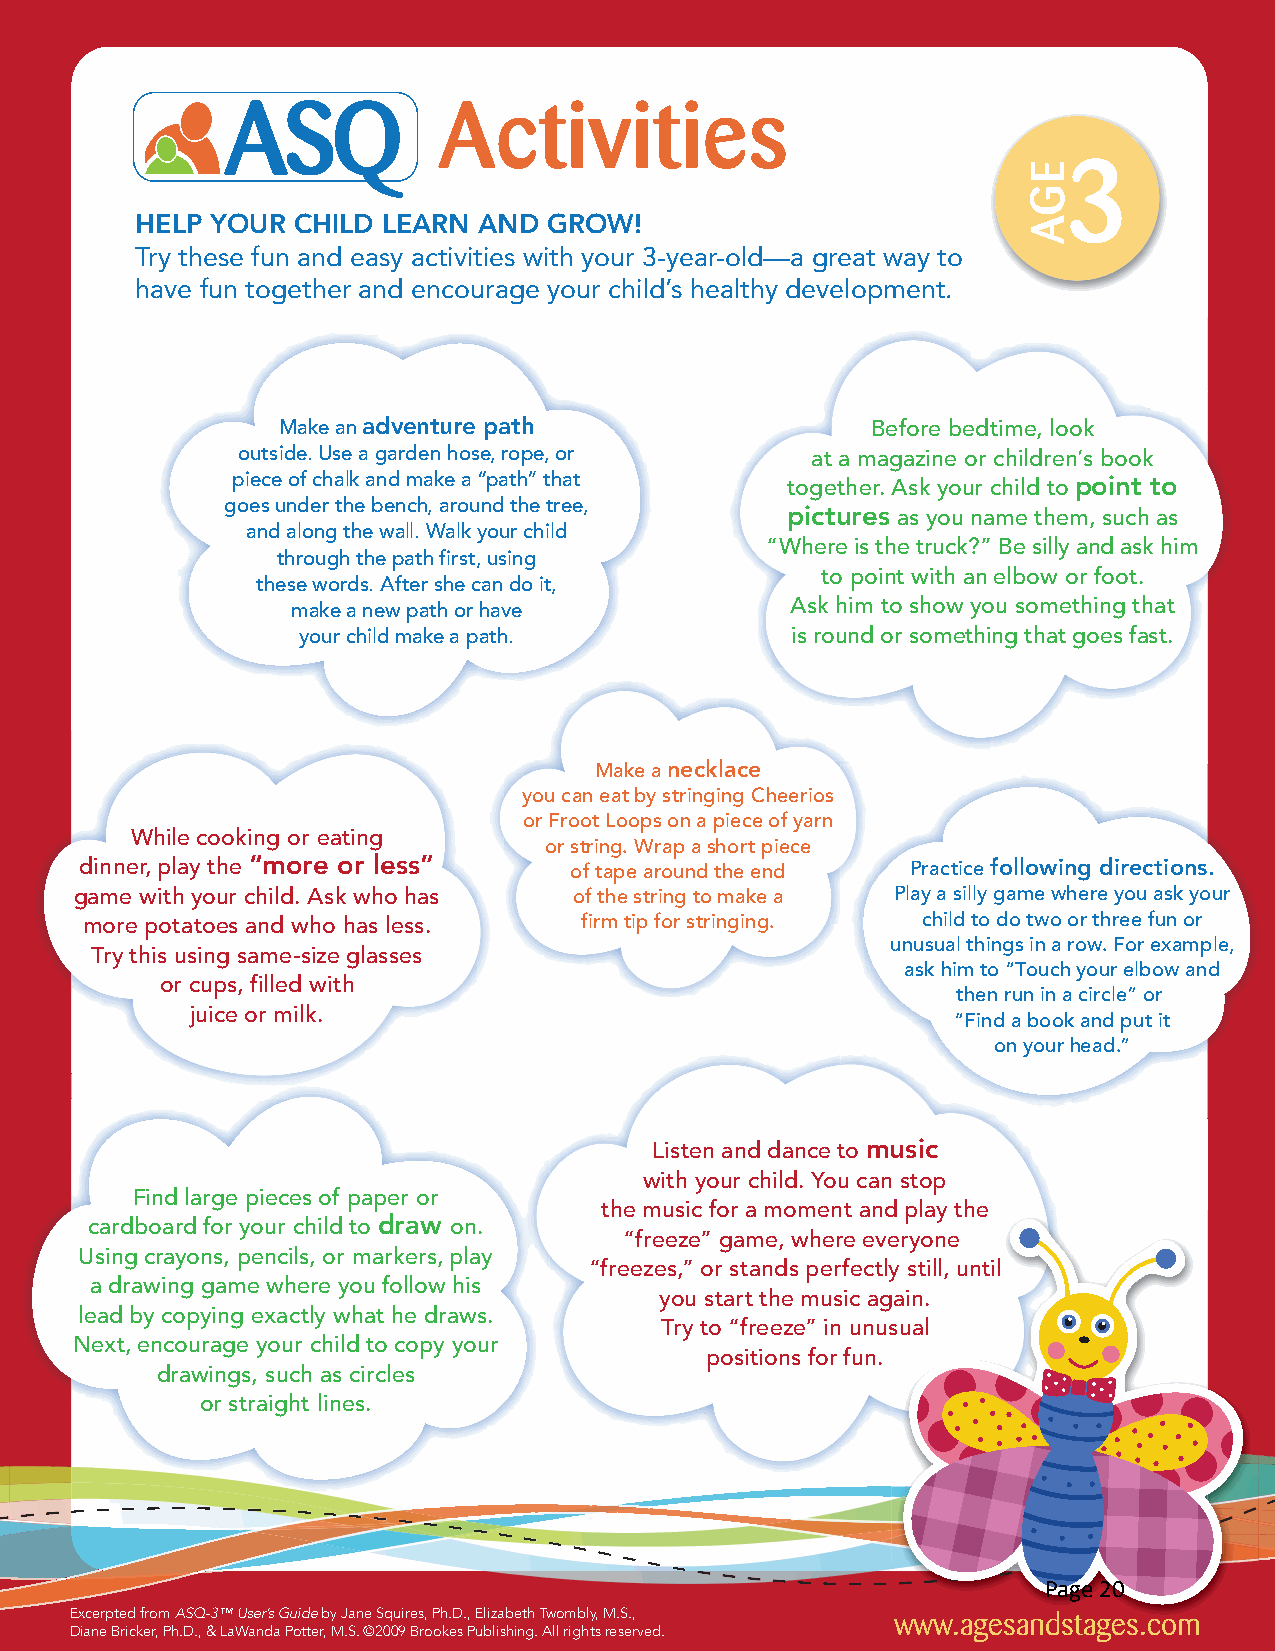
Activities
 3
 HELP YOUR CHILD LEARN  AND GROW!
 Try these fun and easy activities with your 3-year-old—a great way to
 have fun together and encourage your child’s healthy development.
 Make an adventure path                  Before bedtime, look
 outside. Use a garden hose, rope, or  at a magazine or children’s book
 piece of chalk and make a “path” that together. Ask your child to point to
 goes under the bench, around the tree,
 pictures as you name them, such as
 and along the wall. Walk your child
 “Where is the truck?” Be silly and ask him
 through the path first, using
 to point with an elbow or foot.
 these words. After she can do it,
 make a new path or have          Ask him to show you something that
 your child make a path.         is round or something that goes fast.
 Make a necklace
 you can eat by stringing Cheerios
 or Froot Loops on a piece of yarn
 While cooking or eating
 or string. Wrap a short piece
 dinner, play the “more or less”  of tape around the end Practice following directions.
 game with your child. Ask who has of the string to make a Play a silly game where you ask your
 more potatoes and who has less.  firm tip for stringing. child to do two or three fun or
 unusual things in a row. For example,
 Try this using same-size glasses
 ask him to “Touch your elbow and
 or cups, filled with
 then run in a circle” or
 juice or milk.
 “Find a book and put it
 on your head.”
 Listen and dance to music
 with your child. You can stop
 Find large pieces of paper or
 the music for a moment and play the
 cardboard for your child to draw on.
 “freeze” game, where everyone
 Using crayons, pencils, or markers, play
 “freezes,” or stands perfectly still, until
 a drawing game where you follow his
 you start the music again.
 lead by copying exactly what he draws.
 Try to “freeze” in unusual
 Next, encourage your child to copy your
 positions for fun.
 drawings, such as circles
 or straight lines.
 Page 20
 Excerpted from ASQ-3™ User’s Guide by Jane Squires, Ph.D., Elizabeth Twombly, M.S., www.agesandstages.com
 Diane Bricker, Ph.D., & LaWanda Potter, M.S. ©2009 Brookes Publishing. All rights reserved.
 EGA